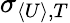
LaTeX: \sigma_{\langle U\rangle,T}